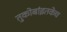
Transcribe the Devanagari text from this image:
तुकोबांइतकेच